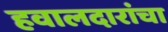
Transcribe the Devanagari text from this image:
हवालदारांचा